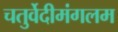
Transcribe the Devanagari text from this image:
चतुर्वेदीमंगलम